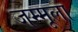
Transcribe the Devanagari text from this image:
जम्मूला